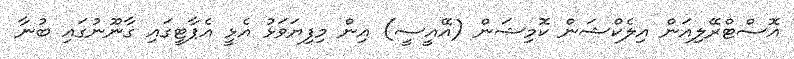
އޮސްޓްރޭލިއަން އިލެކްޝަން ކޮމިޝަން (އޭއީސީ) އިން މިފިޔަވަޅު އެޅީ އެޕާޓީގައި ގާނޫނުގައި ބުނާ